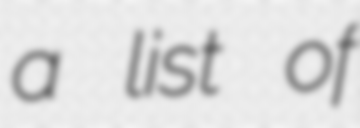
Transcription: a list of